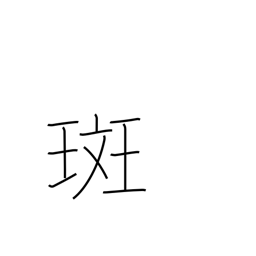
Meaning: blemish